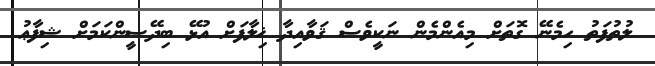
ލުތުފަތު ހިމެނޭ ގޮތަށް މިއެންމެން ނަކީވެސް ޤަވާއިދާ ޚިލާފަށް އުޅޭ ބިދޭސީންކަމަށް ޝިފާޢު